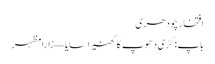
افتخار چودھری
باپ: کڑی دھوپ کا گھنیرا سایا — زارا مظہر